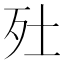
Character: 𣧅